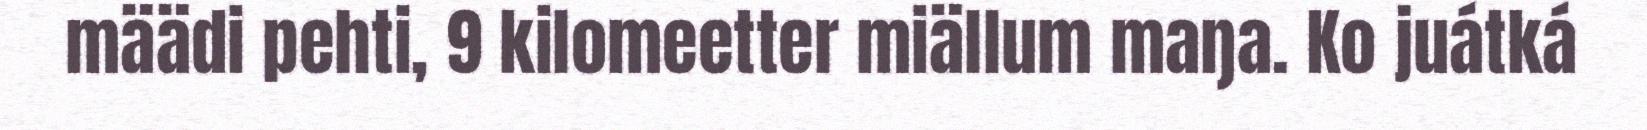
määdi pehti, 9 kilomeetter miällum maŋa. Ko juátká